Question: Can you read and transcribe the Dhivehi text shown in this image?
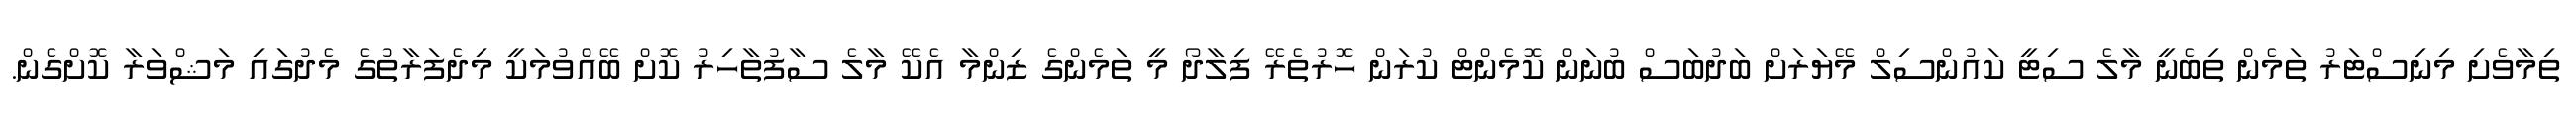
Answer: ތިމާވެށި މިނިސްޓަރު ތަމެން ތިބެނީ މާލެ ސިޓީ ކައުންސިލް މޭޔަރަށް ބަދުބަސް ބުނަން ކޮމެންޓް ކުރަން ހޮރުތެރޭ ފިލާދޯ މީ ތަމެންގެ ޒިންމާ އެކޭ މާލެ ސާފުތާހިރު ކޮށް ބޭއްވުމަކީ މިދެފަރާތުގެ މެދުގައި މަޝްވަރާ ކޮށްގެން.